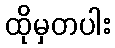
ထိုမှတပါး